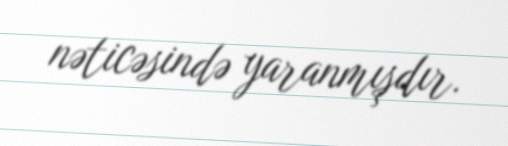
nəticəsində yaranmışdır.